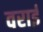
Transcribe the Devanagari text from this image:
वराई